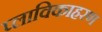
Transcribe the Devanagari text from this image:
प्लाविकाहरण